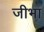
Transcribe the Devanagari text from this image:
जीभा